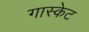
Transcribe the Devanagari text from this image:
गास्केट